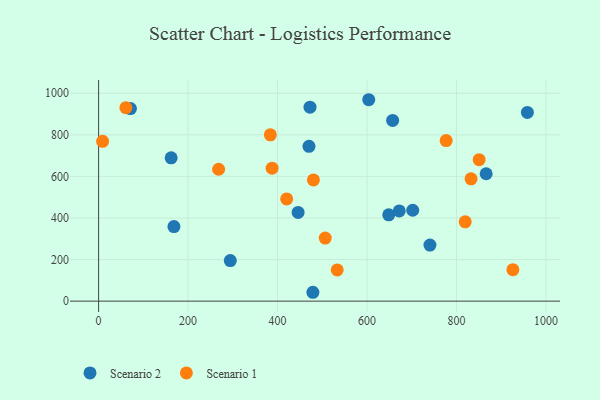
{"axis": {"x": "Engine Size", "y": "Salary"}, "legend": ["Scenario 1", "Scenario 2"], "data": [{"x": "740.7", "y": 269.9, "type": "Scenario 2"}, {"x": "866.4", "y": 612.7, "type": "Scenario 2"}, {"x": "472.6", "y": 933.1, "type": "Scenario 2"}, {"x": "657.3", "y": 869.3, "type": "Scenario 2"}, {"x": "672.1", "y": 434.0, "type": "Scenario 2"}, {"x": "294.4", "y": 195.1, "type": "Scenario 2"}, {"x": "702.2", "y": 437.3, "type": "Scenario 2"}, {"x": "71.2", "y": 926.3, "type": "Scenario 2"}, {"x": "162.2", "y": 689.4, "type": "Scenario 2"}, {"x": "648.6", "y": 415.2, "type": "Scenario 2"}, {"x": "470.3", "y": 744.7, "type": "Scenario 2"}, {"x": "168.4", "y": 358.8, "type": "Scenario 2"}, {"x": "603.9", "y": 968.8, "type": "Scenario 2"}, {"x": "446.0", "y": 426.7, "type": "Scenario 2"}, {"x": "958.5", "y": 907.8, "type": "Scenario 2"}, {"x": "479.0", "y": 42.7, "type": "Scenario 2"}, {"x": "383.9", "y": 800.2, "type": "Scenario 1"}, {"x": "61.0", "y": 930.4, "type": "Scenario 1"}, {"x": "926.1", "y": 151.5, "type": "Scenario 1"}, {"x": "420.4", "y": 491.6, "type": "Scenario 1"}, {"x": "832.6", "y": 588.2, "type": "Scenario 1"}, {"x": "268.3", "y": 634.4, "type": "Scenario 1"}, {"x": "850.7", "y": 680.5, "type": "Scenario 1"}, {"x": "819.5", "y": 381.5, "type": "Scenario 1"}, {"x": "387.9", "y": 639.6, "type": "Scenario 1"}, {"x": "480.2", "y": 583.1, "type": "Scenario 1"}, {"x": "533.4", "y": 150.4, "type": "Scenario 1"}, {"x": "777.0", "y": 772.4, "type": "Scenario 1"}, {"x": "9.0", "y": 768.9, "type": "Scenario 1"}, {"x": "506.6", "y": 303.3, "type": "Scenario 1"}]}